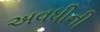
અવધીની